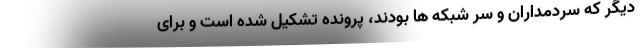
دیگر که سردمداران و سر شبکه ها بودند، پرونده تشکیل شده است و برای